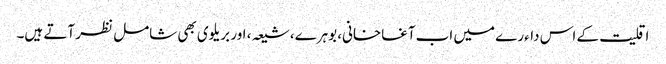
اقلیت کے اس داءرے میں اب آغاخانی، بوہرے، شیعہ، اور بریلوی بھی شامل نظر آتے ہیں۔